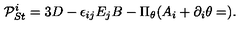
{ \cal P } _ { S t } ^ { i } = 3 D - \epsilon _ { i j } E _ { j } B - \Pi _ { \theta } ( A _ { i } + \partial _ { i } \theta = ) .